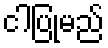
ငါပြုမည်